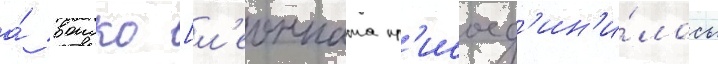
а́ воиско [л'еонната пр'исоед'ин'и́лось